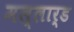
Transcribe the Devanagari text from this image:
मल्लार्ड